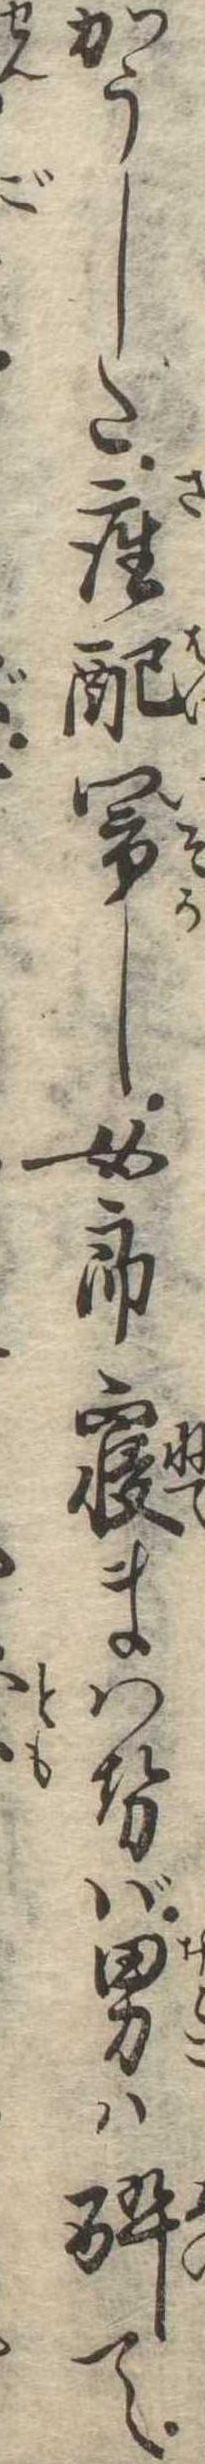
かうした座配閙し女郎寝まはせば男は酔て